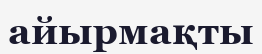
айырмақты